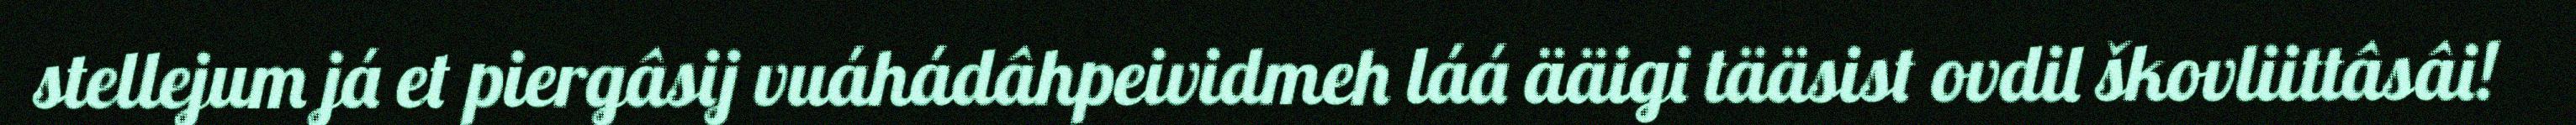
stellejum já et piergâsij vuáhádâhpeividmeh láá ääigi tääsist ovdil škovliittâsâi!